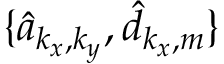
\{ \hat { a } _ { k _ { x } , k _ { y } } , \hat { d } _ { k _ { x } , m } \}